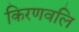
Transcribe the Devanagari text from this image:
किरणवलि